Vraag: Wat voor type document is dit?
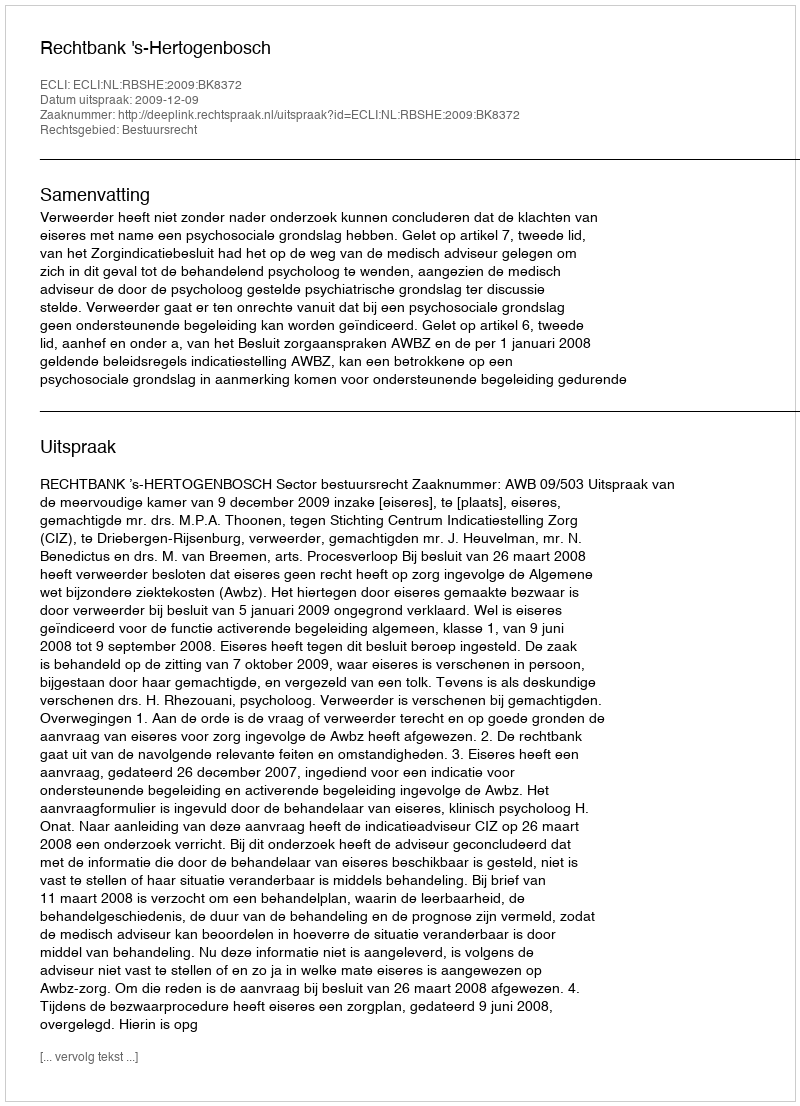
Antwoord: Uitspraak